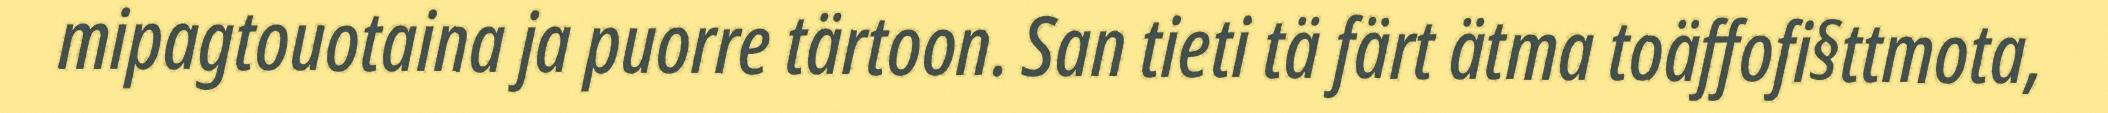
mipagtouotaina ja puorre tärtoon. San tieti tä färt ätma toäffofi§ttmota,